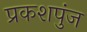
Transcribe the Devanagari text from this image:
प्रकशपुंज